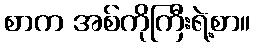
စာက အစ်ကိုကြီးရဲ့စာ။